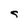
Character: s